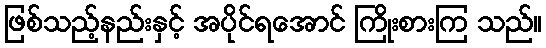
ဖြစ်သည့်နည်းနှင့် အပိုင်ရအောင် ကြိုးစားကြ သည်။